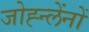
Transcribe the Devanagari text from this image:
जोह्न्लेंनों